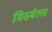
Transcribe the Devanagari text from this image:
मिसर्बलस